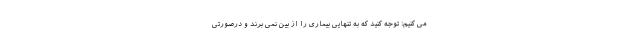
می کنیم: توجه کنید که به تنهایی بیماری را از بین نمی برند و درصورتی